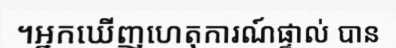
។អ្នកឃើញហេតុការណ៍ផ្ទាល់ បាន